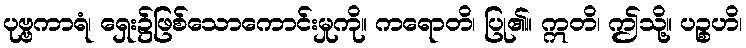
ပုဗ္ဗကာရံ၊ ရှေး၌ဖြစ်သောကောင်းမှုကို။ ကရောတိ၊ ပြု၏။ ဣတိ၊ ဤသို့။ ပဉ္စဟိ၊